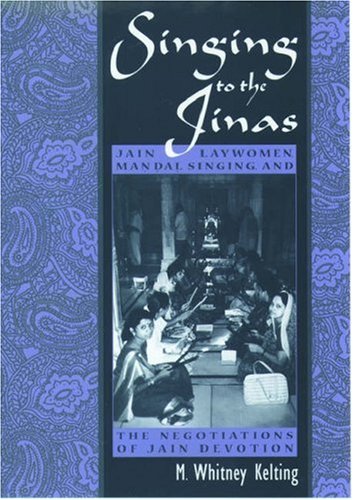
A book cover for Singing to the Jinas: Jain Laywomen, Mandal Singing, and the Negotiations of Jain Devotion; M. Whitney Kelting; Religion & Spirituality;